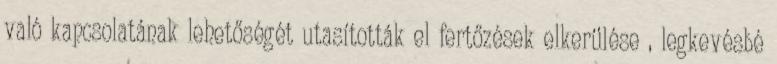
való kapcsolatának lehetőségét utasították el fertőzések elkerülése , legkevésbé